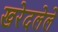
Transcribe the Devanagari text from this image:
खरेदलेले